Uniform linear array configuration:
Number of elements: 16
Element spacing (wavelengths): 0.75
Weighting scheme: kaiser
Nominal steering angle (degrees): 30
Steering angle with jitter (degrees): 29.94
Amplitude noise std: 0.05
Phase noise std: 0.05

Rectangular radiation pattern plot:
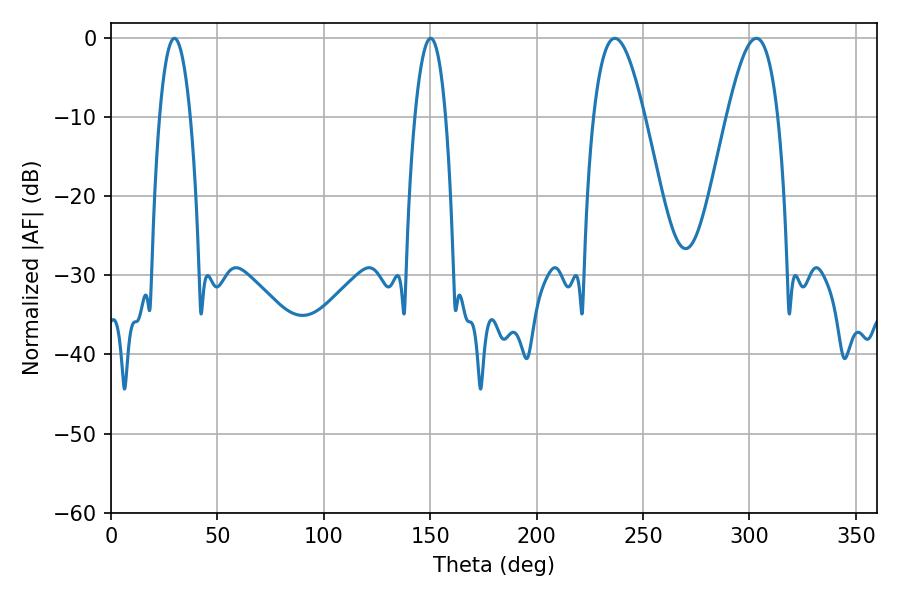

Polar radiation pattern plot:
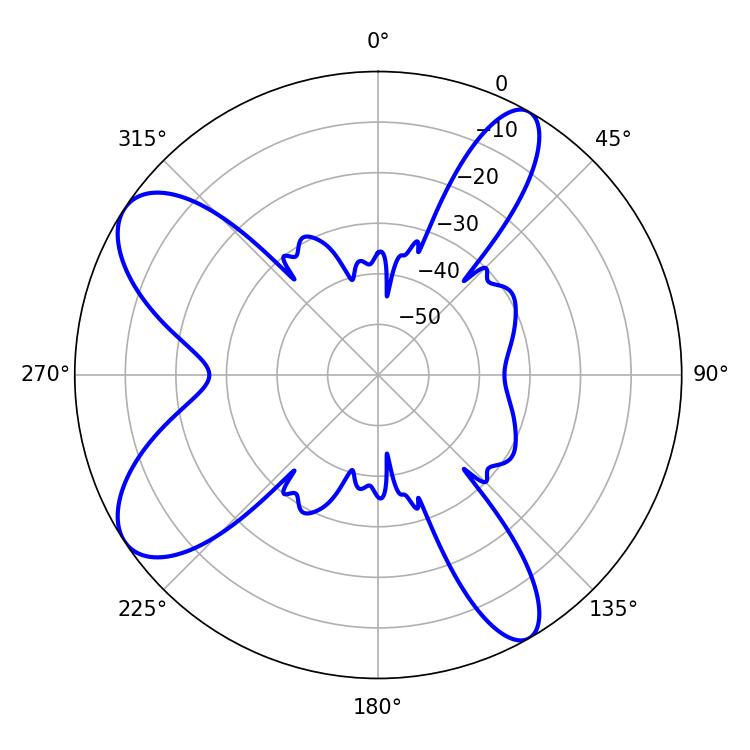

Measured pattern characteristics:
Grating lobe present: TRUE
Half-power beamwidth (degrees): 12.96
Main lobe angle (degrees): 236.7